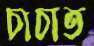
চাচাত